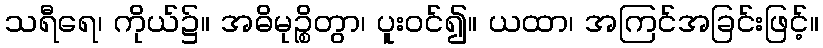
သရီရေ၊ ကိုယ်၌။ အဓိမုဉ္စိတွာ၊ ပူးဝင်၍။ ယထာ၊ အကြင်အခြင်းဖြင့်။